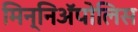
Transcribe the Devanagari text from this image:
मिन्निअॅपोलिस